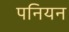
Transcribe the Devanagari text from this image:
पनियन